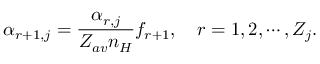
\alpha _ { r + 1 , j } = \frac { \alpha _ { r , j } } { Z _ { a v } n _ { H } } f _ { r + 1 } , \quad r = 1 , 2 , \cdots , Z _ { j } .